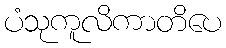
ပံသုကူလိကာတိပေ